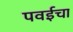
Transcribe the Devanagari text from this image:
पवईचा